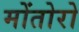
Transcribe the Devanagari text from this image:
मोंतोरो